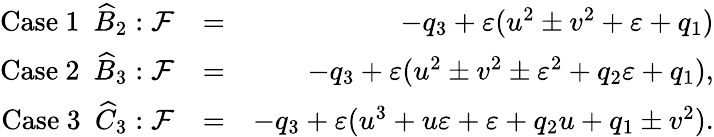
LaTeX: \begin{array}{rlr}{\mathrm{Case\ 1}\ \ \widehat B_{2}:\mathcal{F}}&{=}&{-q_{3}+\varepsilon(u^{2}\pm v^{2}+\varepsilon+q_{1})}\\ {\mathrm{Case\ 2}\ \ \widehat B_{3}:\mathcal{F}}&{=}&{-q_{3}+\varepsilon(u^{2}\pm v^{2}\pm\varepsilon^{2}+q_{2}\varepsilon+q_{1}),}\\ {\mathrm{Case\ 3}\ \ \widehat C_{3}:\mathcal{F}}&{=}&{-q_{3}+\varepsilon(u^{3}+u\varepsilon+\varepsilon+q_{2}u+q_{1}\pm v^{2}).}\end{array}